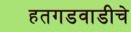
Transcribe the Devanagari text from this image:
हतगडवाडीचे